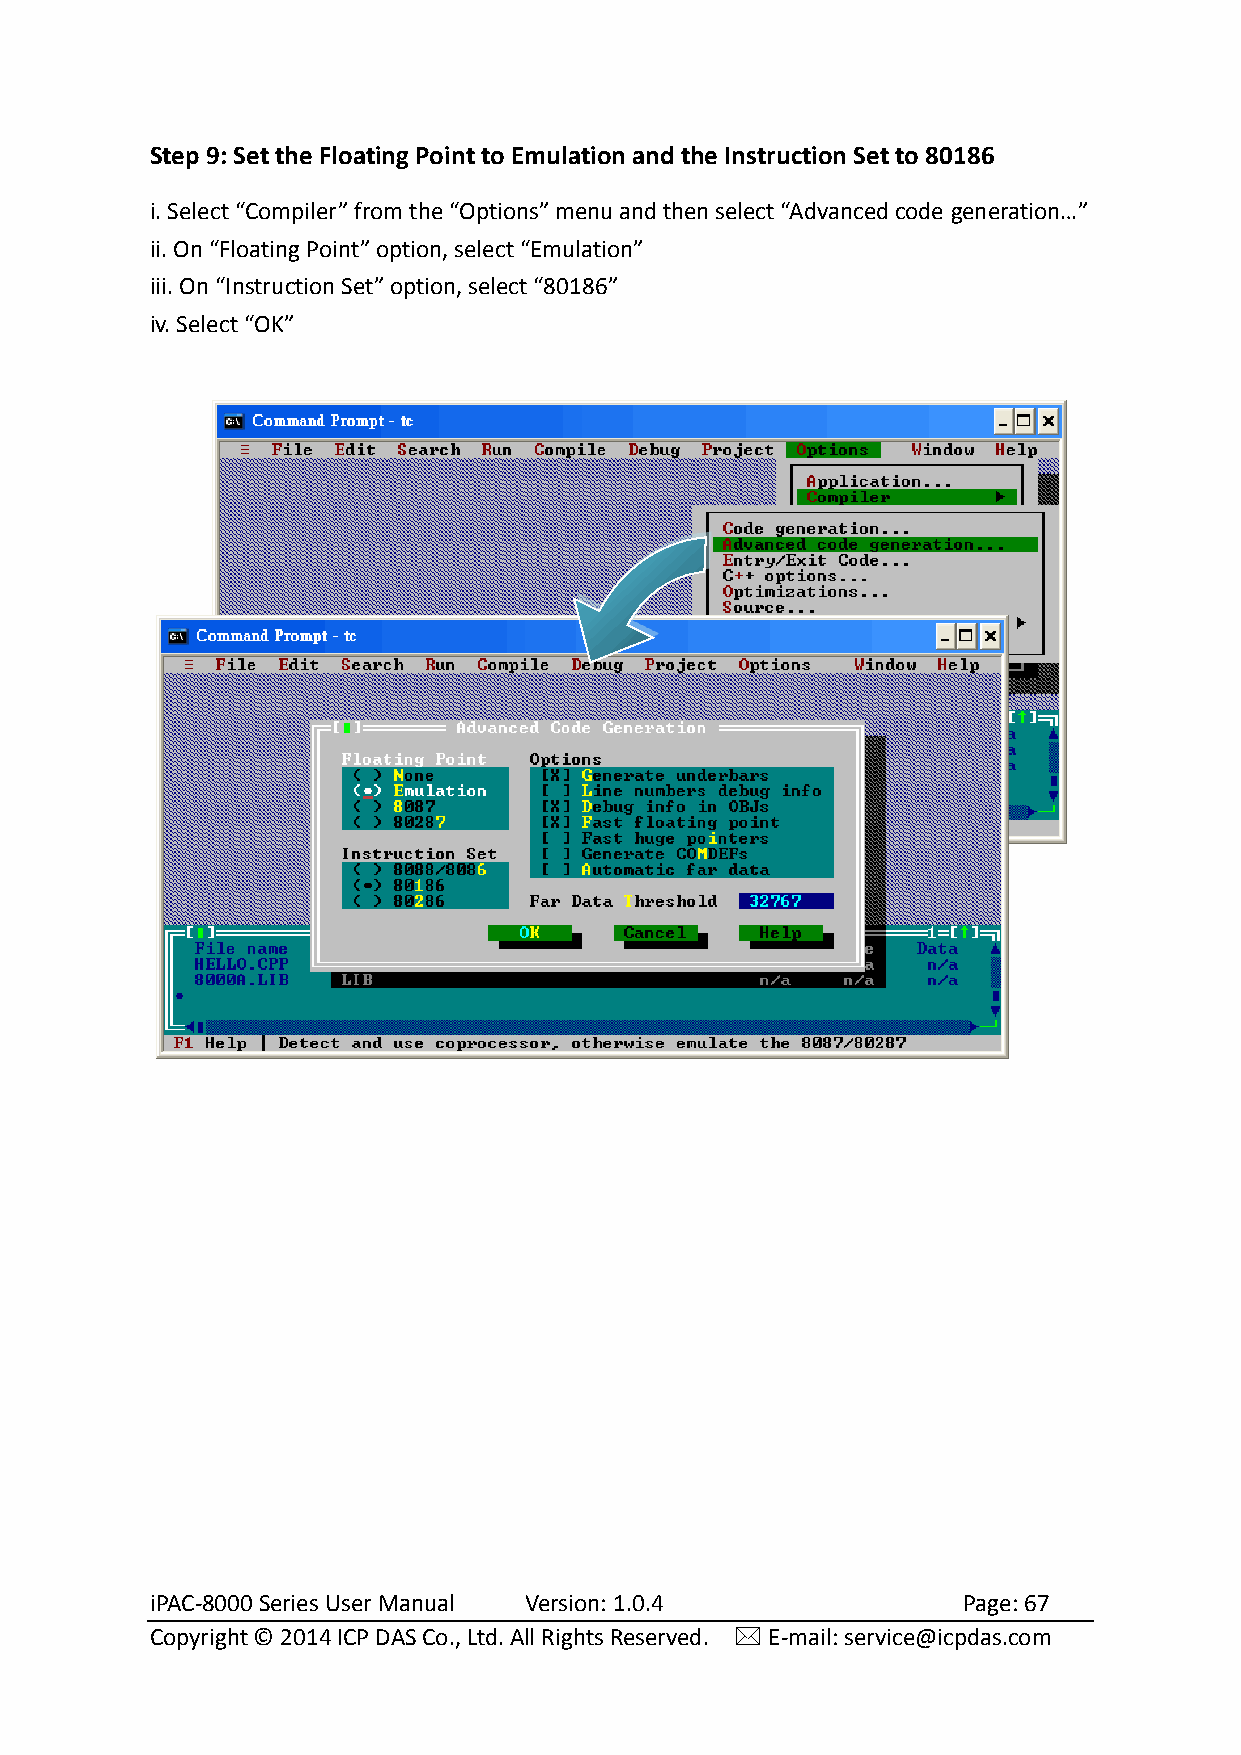
Step 9: Set the Floating Point to Emulation and the Instruction Set to 80186
 i. Select “Compiler” from the “Options” menu and then select “Advanced code generation…”
 ii. On “Floating Point” option, select “Emulation”
 iii. On “Instruction Set” option, select “80186”
 iv. Select “OK”
 iPAC-8000 Series User Manual Version: 1.0.4           Page: 67
 Copyright © 2014 ICP DAS Co., Ltd. All Rights Reserved.  E-mail: service@icpdas.com